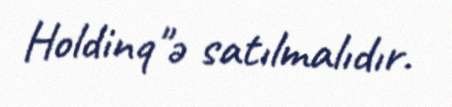
Holdinq"ə satılmalıdır.